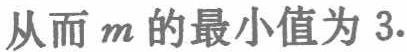
从而 \(m\) 的最小值为 \(3.\)